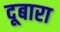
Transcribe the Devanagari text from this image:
दूबारा